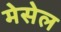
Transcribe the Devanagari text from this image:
मेसेल